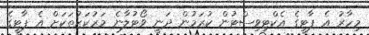
މިހާރު އެ ޕާޓީގެ އެކްޓިވިސްޓުން ކުރަމުން ދަނީ ވޯޓުލާނެ މަރުކަޒުތަކަށް އެ ޕާޓީގެ